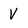
Character: V